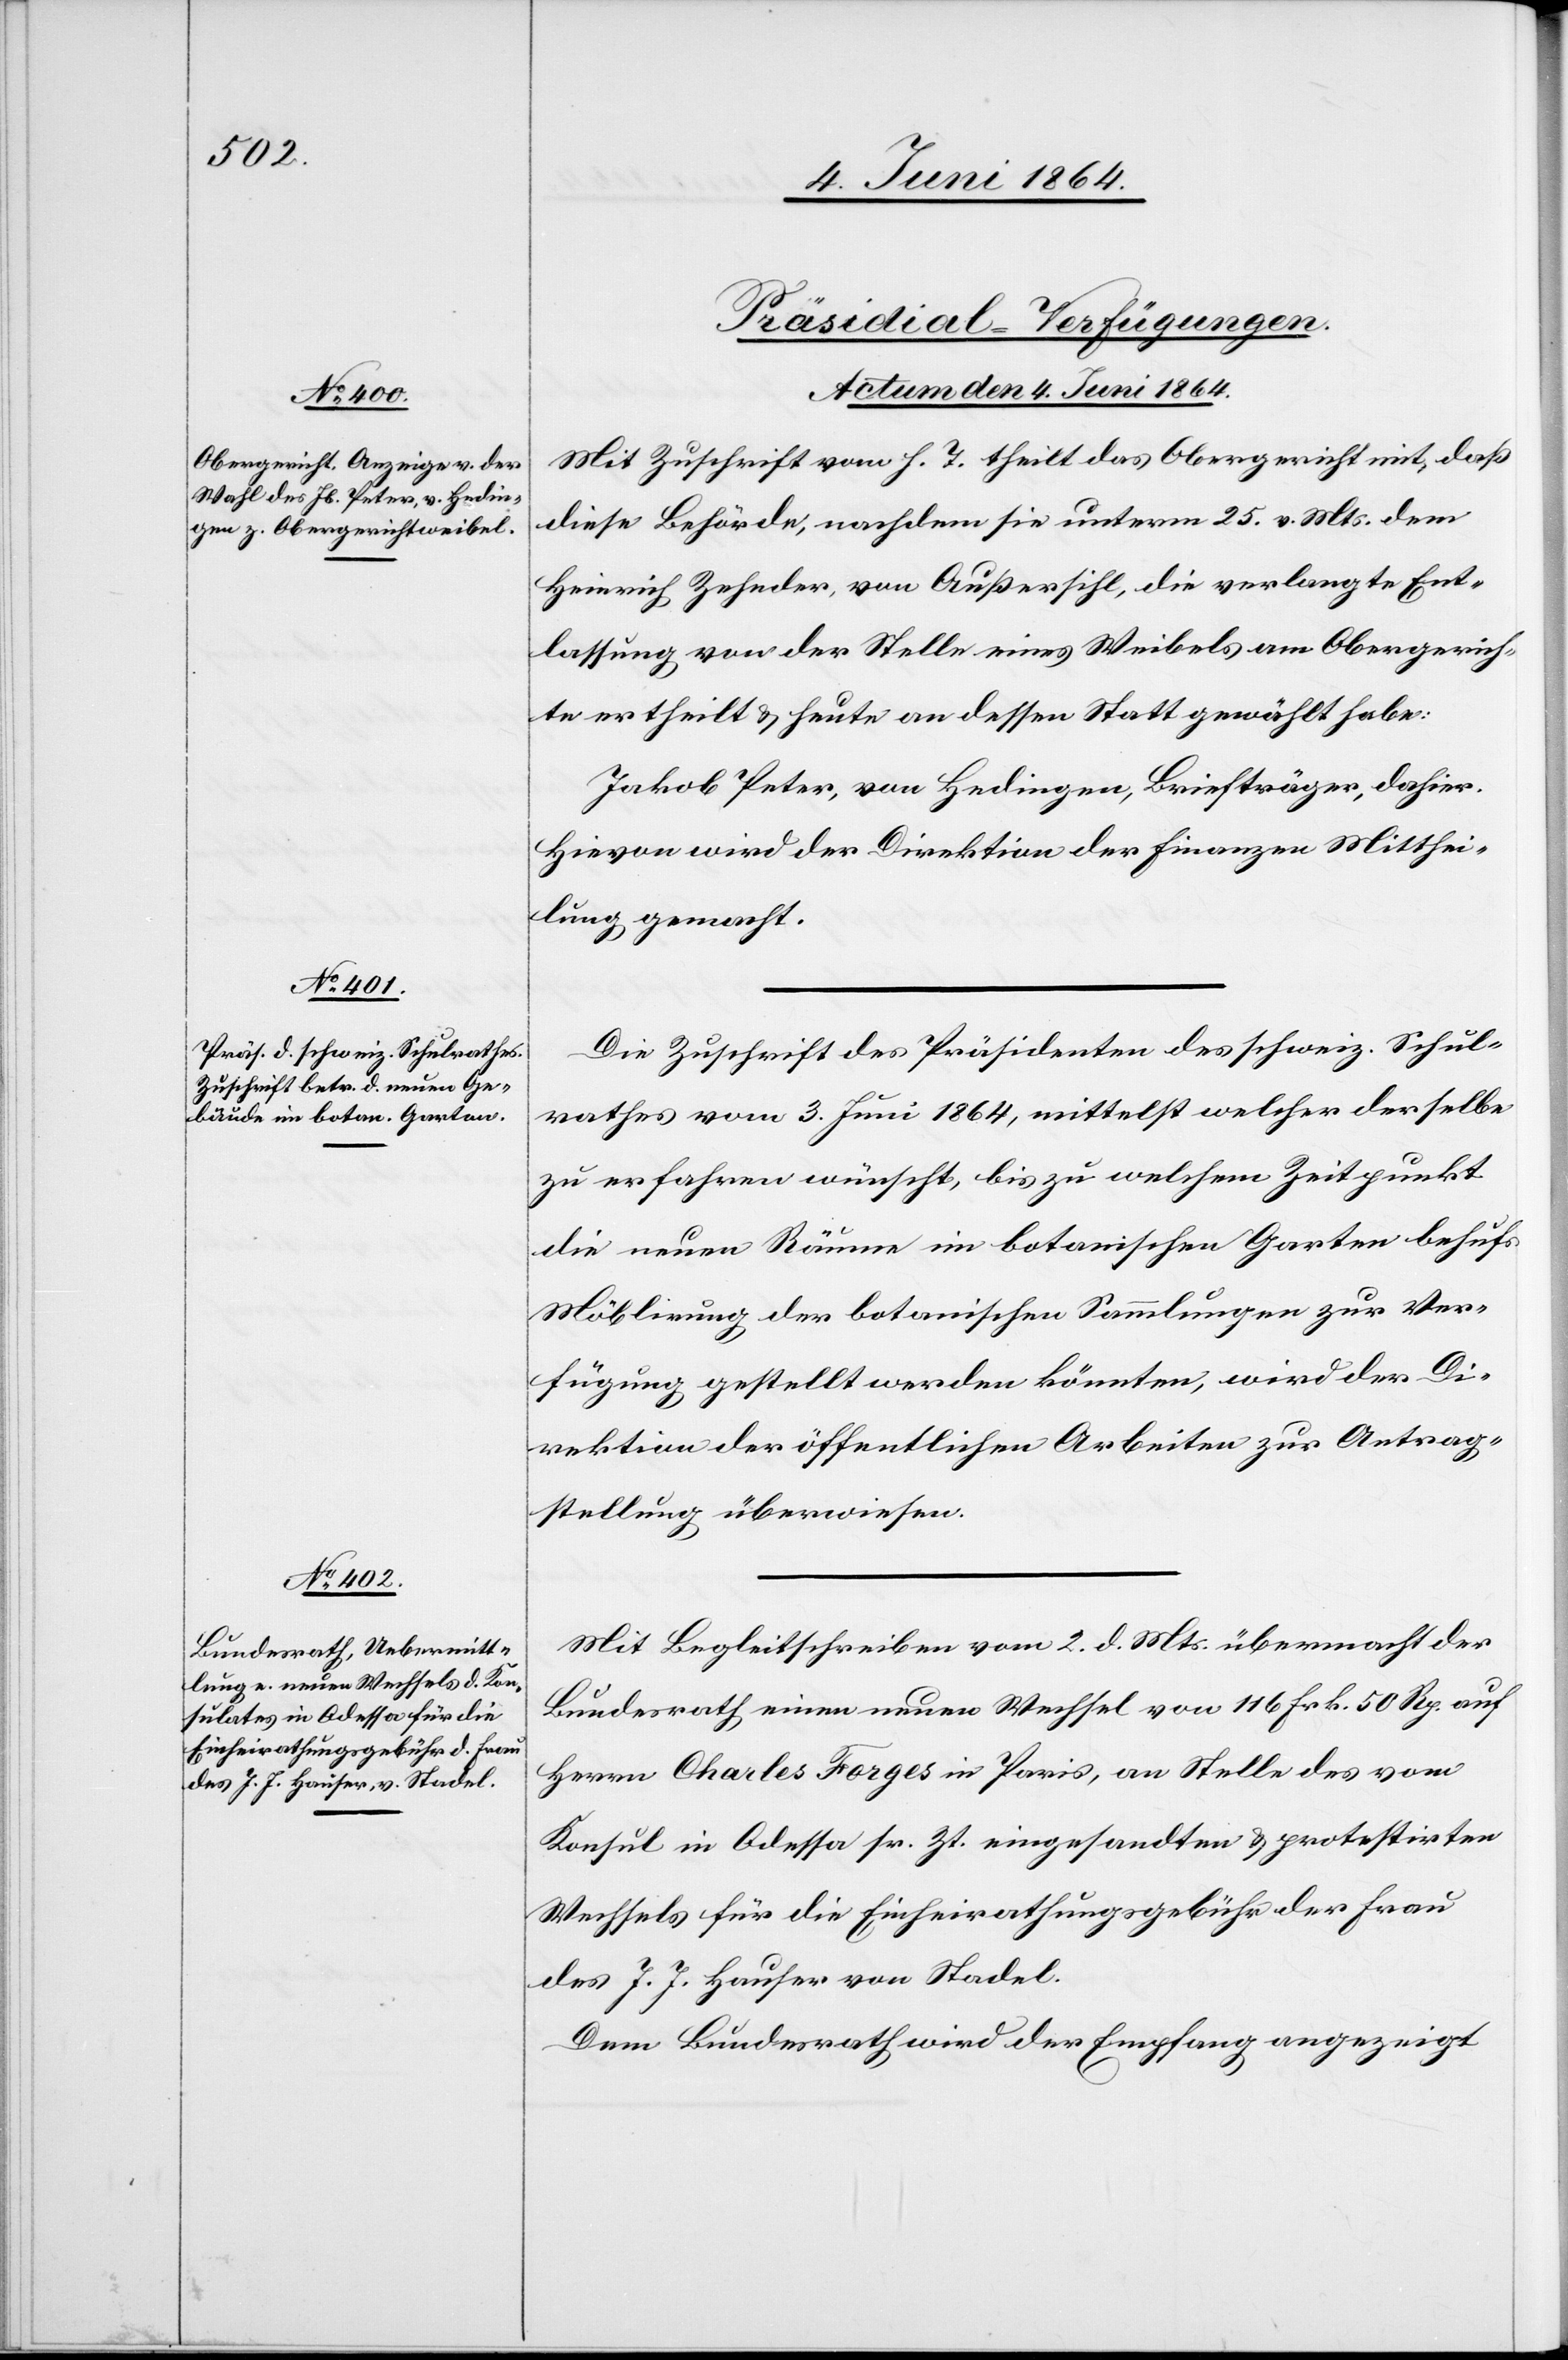
[Präsidial-Verfügungen.
Actum den 4. Juni 1864.]
Mit Zuschrift vom h. T. theilt das Obergericht mit, daß
diese Behörde, nachdem sie unterm 25. v. Mts. dem
Heinrich Zehnder, von Außersihl, die verlangte Ent¬
lassung von der Stelle eines Weibels am Obergerich¬
t ertheilt u. heute an dessen Statt gewählt habe:
Jakob Peter, von Hedingen, Briefträger, dahier.
Hievon wird der Direktion der Finanzen Mitthei¬
lung gemacht.
Die Zuschrift des Präsidenten des schweiz. Schul¬
rathes vom 3. Juni 1864, mittelst welcher derselbe
zu erfahren wünscht, bis zu welchem Zeitpunkt
die neuen Räume im botanischen Garten behufs
Möblirung der botanischen Sammlungen zur Ver¬
fügung gestellt werden könnten, wird der Di¬
rektion der öffentlichen Arbeiten zur Antrag¬
stellung überwiesen.
Mit Begleitschreiben vom 2. d. Mts. übermacht der
Bundesrath einen neuen Wechsel von 116 Frk. 50 Rp. auf
Herrn Charles Forges in Paris, an Stelle des vom
Konsul in Odessa sr. Zt. eingesandten u. protestirten
Wechsels für die Einheirathungsgebühr der Frau
des J. J. Hauser von Stadel.
Dem Bundesrath wird der Empfang angezeigt